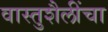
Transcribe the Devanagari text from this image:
वास्तुशैलींचा